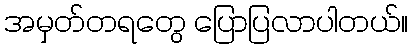
အမှတ်တရတွေ ပြောပြလာပါတယ်။